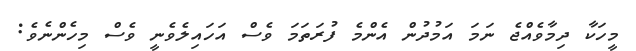
މީހަކާ ދިމާވެއްޖެ ނަމަ އަމުދުން އެންމެ ފުރަތަމަ ވެސް އަހައިލެވެނީ ވެސް މިހެންނެވެ: